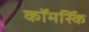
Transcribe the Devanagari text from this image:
कॉमर्स्कि